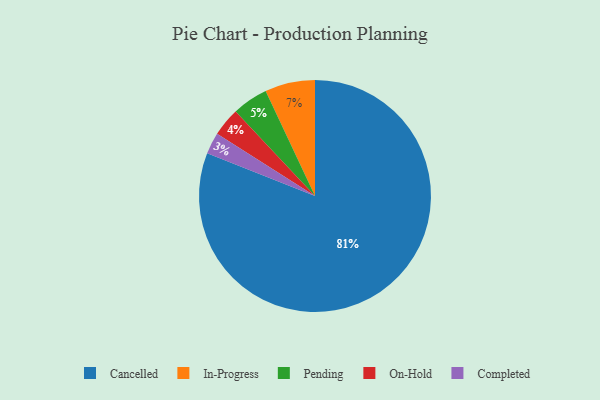
{"axis": {"x": "Category", "y": "Percentage"}, "legend": ["Cancelled", "Completed", "In-Progress", "On-Hold", "Pending"], "data": [{"x": "Completed", "y": 3, "type": "Completed"}, {"x": "In-Progress", "y": 7, "type": "In-Progress"}, {"x": "Pending", "y": 5, "type": "Pending"}, {"x": "On-Hold", "y": 4, "type": "On-Hold"}, {"x": "Cancelled", "y": 81, "type": "Cancelled"}]}